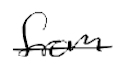
Text: from
Cross-out: single-line
Writing tool: digital_black